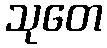
သုတေ